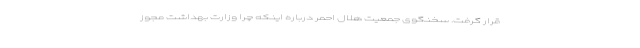
قرار گرفت. سخنگوی جمعیت هلال احمر درباره اینکه چرا وزارت بهداشت مجوز